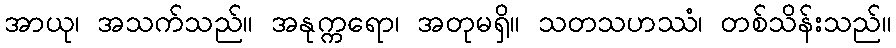
အာယု၊ အသက်သည်။ အနုက္ကရော၊ အတုမရှိ။ သတသဟဿံ၊ တစ်သိန်းသည်။